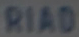
RIAD